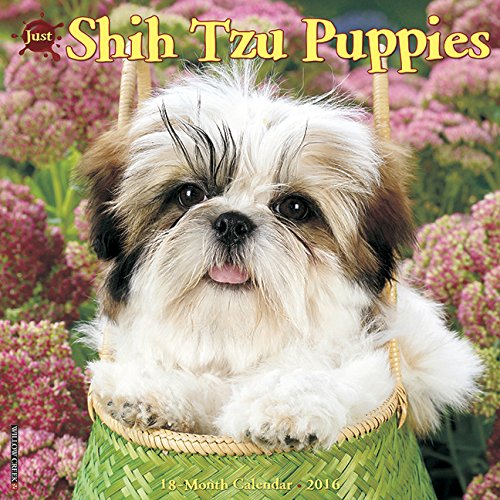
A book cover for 2016 Just Shih Tzu Puppies Wall Calendar; Willow Creek Press; Calendars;